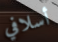
أسلافي